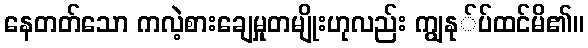
နေတတ်သော ကလဲ့စားချေမှုတမျိုးဟုလည်း ကျွနု်ပ်ထင်မိ၏။